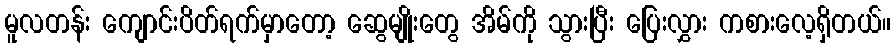
မူလတန်း ကျောင်းပိတ်ရက်မှာတော့ ဆွေမျိုးတွေ အိမ်ကို သွားပြီး ပြေးလွှား ကစားလေ့ရှိတယ်။